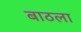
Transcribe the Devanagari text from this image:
बाठला